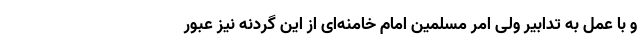
و با عمل به تدابیر ولی امر مسلمین امام خامنه‌ای از این گردنه نیز عبور